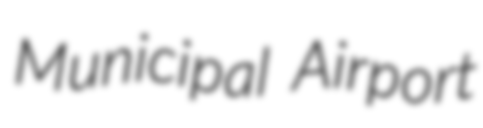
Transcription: Municipal Airport